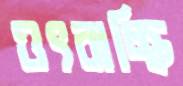
ওৎরাচ্ছি